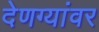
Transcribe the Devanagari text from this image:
देणग्यांवर